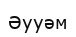
Әууәм